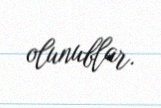
olunublar.